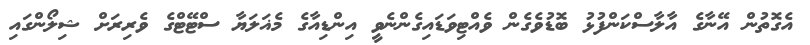
އެގޮތުން އޭނާގެ އާލާސްކަންފުޅު ބޮޑުވެގެން ވެއްޓިވަޑައިގެންނެވީ އިންޑިއާގެ މެޣަލަޔާ ސްޓޭޓްގެ ވެރިރަށް ޝިލޯންގައި